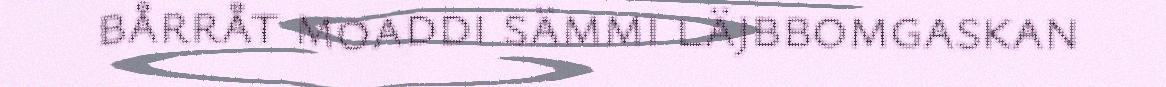
bårråt moaddi sämmi läjbbomgaskan